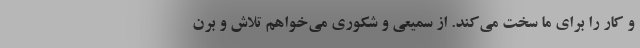
و کار را برای ما سخت می‌کند. از سمیعی و شکوری می‌خواهم تلاش و برن